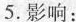
5.影响：